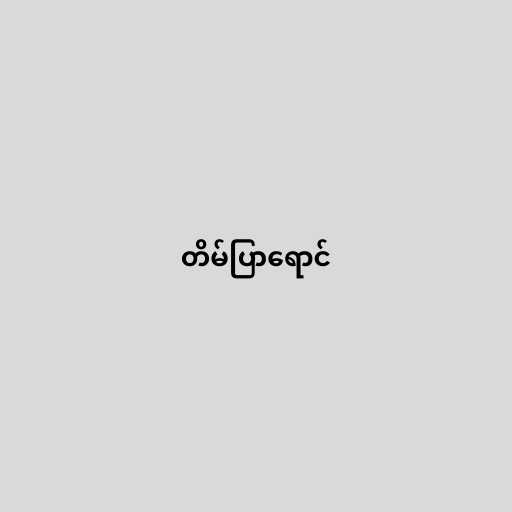
တိမ်ပြာရောင်